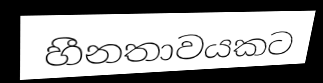
හීනතාවයකට